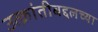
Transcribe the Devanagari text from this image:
उत्क्रांतीबद्दलच्या